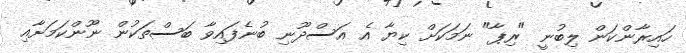
ހައިރާންކަން ލިބުނީ "ރިޕާ" ނަމަކަށް ކިޔާ އެ އަސްދޫނި ބުނެފައިވާ ބަސްތަކުން ނޫންކަމަށާއި